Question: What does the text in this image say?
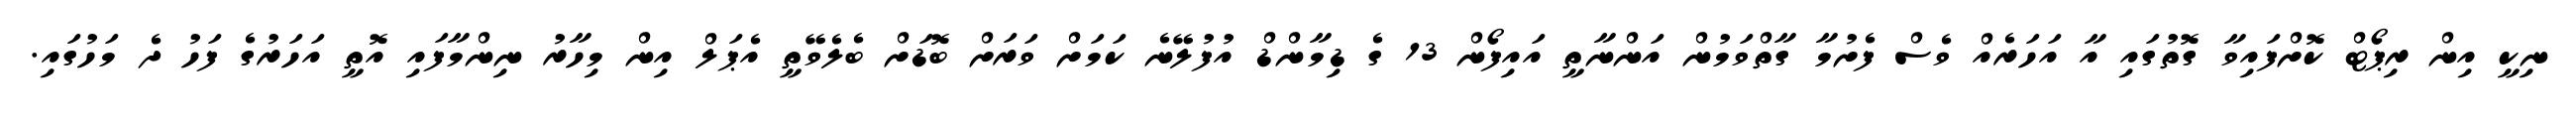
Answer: ނިކީ އިން ރިޕޯޓް ކޮށްފައިވާ ގޮތުގައި އާ އަހަރެއް ވެސް ފެށުމާ ގާތްވަމުން އަންނާތީ އައިފޯން 13 ގެ ޑިމާންޑް އުފުލޭނެ ކަމަށް ވަރަށް ބޮޑަށް ބެލެވޭތީ އެޕަލް އިން މިހާރު ނިންމާފައި އޮތީ އަހަރުގެ ފަހު ދެ މަހުގައި.